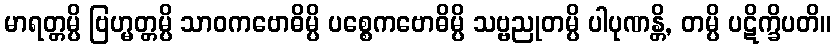
မာရတ္တမ္ပိ ဗြဟ္မတ္တမ္ပိ သာဝကဗောဓိမ္ပိ ပစ္စေကဗောဓိမ္ပိ သဗ္ဗညုတမ္ပိ ပါပုဏန္တိ, တမ္ပိ ပဋိက္ခိပတိ။